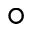
^ { \circ }